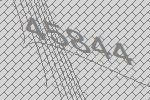
45844